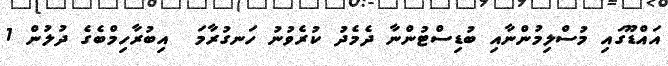
އައްޑޫގައި މުސްލިމުންނާއި ބުޑިސްޓުންނާ ދެމެދު ކުރެވުނު ހަނގުރާމަ  އިބުރާހިމްބެގެ ދުލުން 1